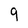
Character: 9